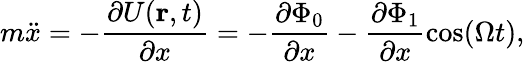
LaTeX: m\ddot{x}=-\frac{\partial U(\mathbf{r},t)}{\partial x}=-\frac{\partial\Phi_{0}}{\partial x}-\frac{\partial\Phi_{1}}{\partial x}\cos(\Omega t),